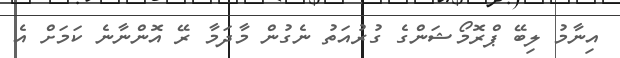
އިނާމު ލިބޭ ޕްރޮމޯޝަންގެ ގުރުއަތު ނެގުން މާދަމާ ރޭ އޮންނާނެ ކަމަށް އެ